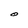
Character: O